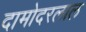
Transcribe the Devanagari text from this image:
दामोदरलाल